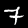
Digit: 7